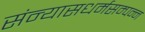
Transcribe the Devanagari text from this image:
संन्यासधर्मसम्पन्न